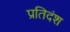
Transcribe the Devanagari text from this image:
प्रतिदंश